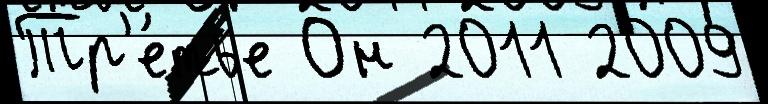
Тр'е́тье Он 2011 2009